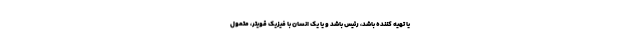
یا تهیه کننده باشد، رئیس باشد و یا یک انسان با فیزیک قویتر، متمول